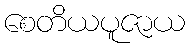
စေတိယပူဇာယ